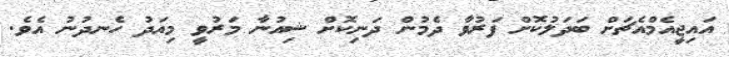
އައިޖީއެމްއެޗަށް ބަދަލުކޮށް ފަރުވާ ދެމުން ދަނިކޮށް ޝިއުނާ މަރުވީ މިއަދު ހެނދުނު އެވެ.